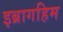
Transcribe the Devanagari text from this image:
इब्रागहिम